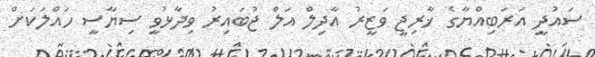
ސައުދީ އަރަބިއްޔާގެ ޚާރިޖީ ވަޒީރު އާދިލް އަލް ޖުބައިރު ވިދާޅުވީ ސިޔާސީ ހައްލަކަށް